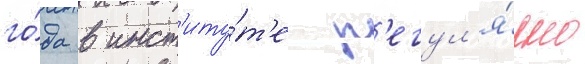
го́да в инст'иту́т'е р'егул'я́рно